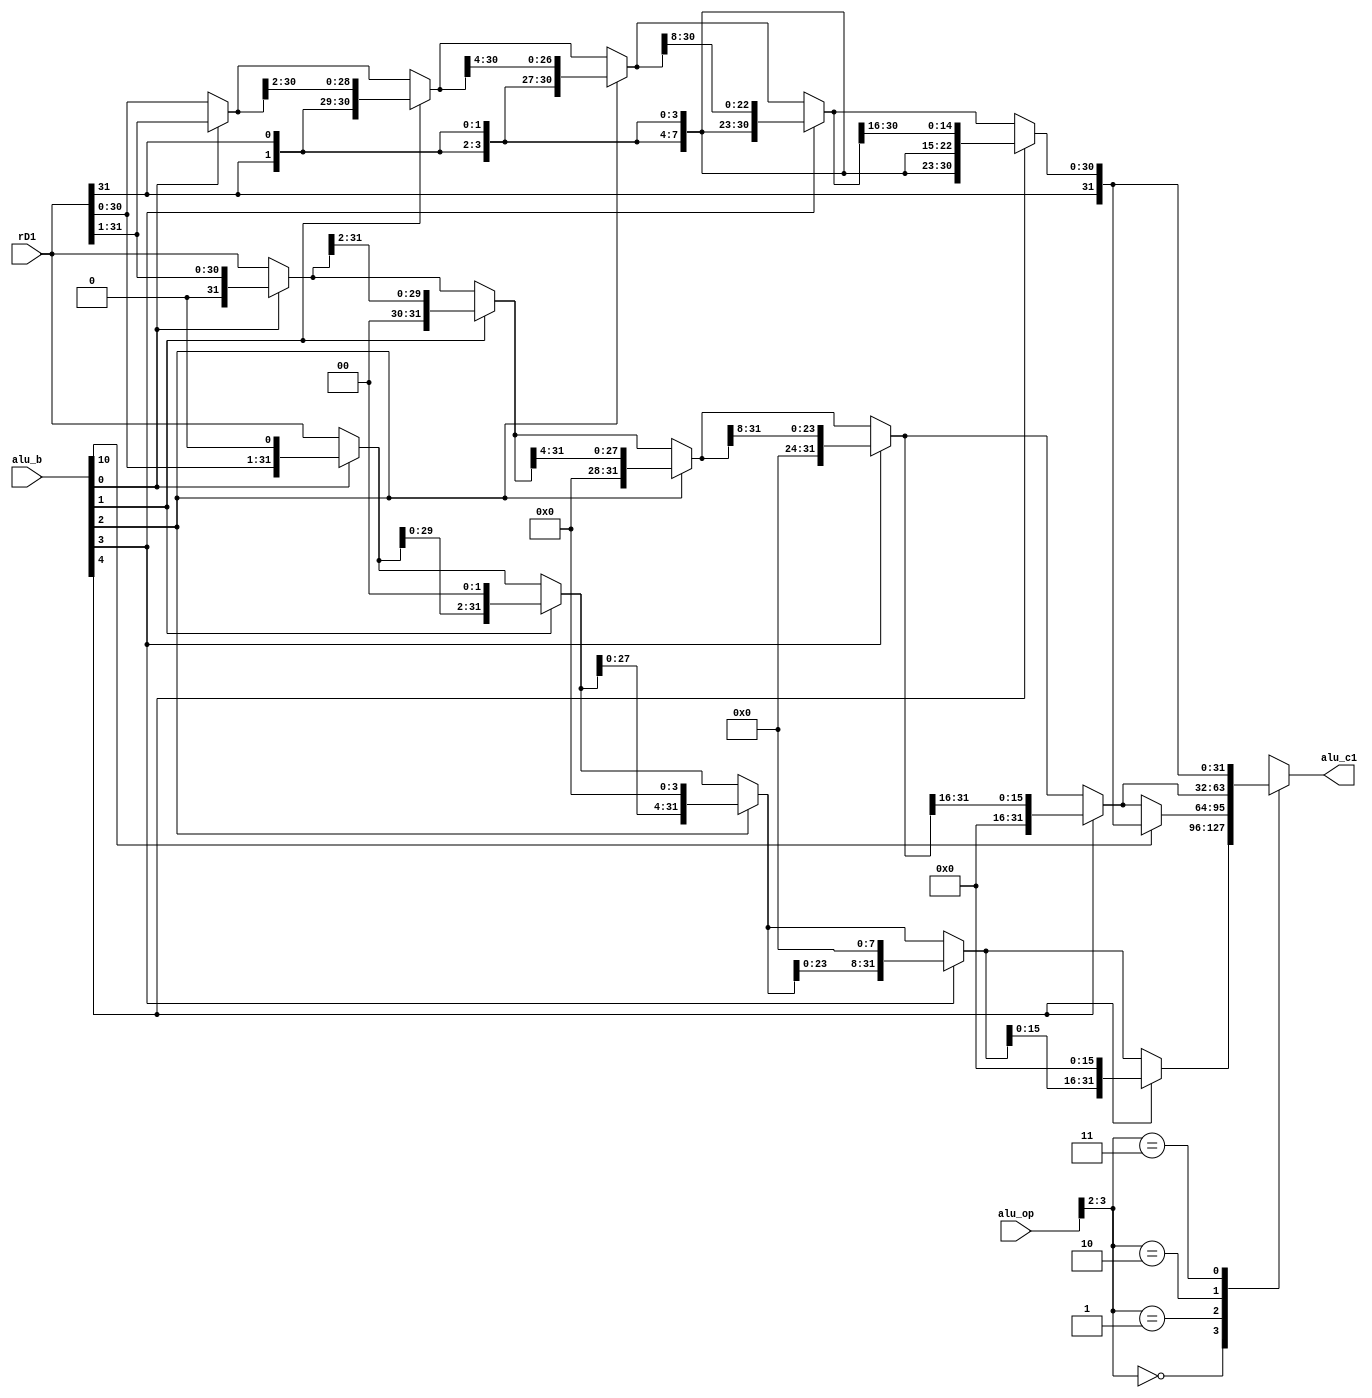
`timescale 1ns / 1ps
//////////////////////////////////////////////////////////////////////////////////
// Company: 
// Engineer: 
// 
// Design Name: 
// Module Name: barrel_shifter
// Project Name: 
// Target Devices: 
// Tool Versions: 
// Description: 
// 
// Dependencies: 
// 
// Revision:
// Revision 0.01 - File Created
// Additional Comments:
// 
//////////////////////////////////////////////////////////////////////////////////


module barrel_shifter(
    input [4:0] alu_op,
    input [31:0] rD1,
    input [31:0] alu_b,
    output reg [31:0] alu_c1
    );
    
    reg [31:0] c;
    reg [31:0] alu_b1;
    
    always @(*) begin
        case(alu_op[3:2])
            2'b00: begin //sll slli
//                if(alu_b[31] == 1'b0) begin
                     c = alu_b[0] ? {rD1[30:0],1'b0} : rD1;
                     c = alu_b[1] ? {c[29:0],2'b0} : c;
                     c = alu_b[2] ? {c[27:0],4'b0} : c;
                     c = alu_b[3] ? {c[23:0],8'b0} : c;
                     c = alu_b[4] ? {c[15:0],16'b0} : c;
//                     if(alu_b[31:5] > 0) c = 32'b0;
                 end
//                 else begin
//                    alu_b1 = (32'hffffffff-alu_b) + 1;
//                    c = alu_b1[0] ? {rD1[0],rD1[31:1]} : rD1;
//                    c = alu_b1[1] ? {c[1:0],c[31:2]} : c;
//                    c = alu_b1[2] ? {c[3:0],c[31:4]} : c;
//                    c = alu_b1[3] ? {c[7:0],c[31:8]} : c;
//                    c = alu_b1[4] ? {c[15:0],c[31:16]} : c;
//                 end
//            end  
            2'b01: begin //srli srai
                if(alu_b[10] == 0) begin //srli 
                    c = alu_b[0] ? {1'b0,rD1[31:1]} : rD1;
                    c = alu_b[1] ? {2'b0,c[31:2]} : c;
                    c = alu_b[2] ? {4'b0,c[31:4]} : c;
                    c = alu_b[3] ? {8'b0,c[31:8]} : c;
                    c = alu_b[4] ? {16'b0,c[31:16]} : c;
                end
                else begin //srai
                    c = alu_b[0] ? {{rD1[31]},rD1[31:1]} : rD1;
                    c = alu_b[1] ? {{2{c[31]}},c[31:2]} : c;
                    c = alu_b[2] ? {{4{c[31]}},c[31:4]} : c;
                    c = alu_b[3] ? {{8{c[31]}},c[31:8]} : c;
                    c = alu_b[4] ? {{16{c[31]}},c[31:16]} : c; 
                end
            end
            2'b10: begin //srl
//                if(alu_b[31] == 1'b0)
                    c = alu_b[0] ? {1'b0,rD1[31:1]} : rD1;
                    c = alu_b[1] ? {2'b0,c[31:2]} : c;
                    c = alu_b[2] ? {4'b0,c[31:4]} : c;
                    c = alu_b[3] ? {8'b0,c[31:8]} : c;
                    c = alu_b[4] ? {16'b0,c[31:16]} : c;
//                    if(alu_b[31:5] > 0) c = 32'b0; 
//                 else begin
//                    alu_b1 = (32'hffffffff-alu_b) + 1;
//                    c = alu_b1[0] ? {rD1[30:0],rD1[31]} : rD1;
//                    c = alu_b1[1] ? {c[29:0],c[31:30]} : c;
//                    c = alu_b1[2] ? {c[27:0],c[31:28]} : c;
//                    c = alu_b1[3] ? {c[23:0],c[31:24]} : c;
//                    c = alu_b1[4] ? {c[15:0],c[31:16]} : c;
//                  end             
            end  
            2'b11: begin //sra
//                if(alu_b[31] == 1'b0)
                    c = alu_b[0] ? {{rD1[31]},rD1[31:1]} : rD1;
                    c = alu_b[1] ? {{2{c[31]}},c[31:2]} : c;
                    c = alu_b[2] ? {{4{c[31]}},c[31:4]} : c;
                    c = alu_b[3] ? {{8{c[31]}},c[31:8]} : c;
                    c = alu_b[4] ? {{16{c[31]}},c[31:16]} : c; 
//                    if(alu_b[31:5] > 0) c = {32{c[31]}};
//                else begin
//                    alu_b1 = (32'hffffffff-alu_b) + 1;
//                    c = alu_b1[0] ? {rD1[30:0],rD1[31]} : rD1;
//                    c = alu_b1[1] ? {c[29:0],c[31:30]} : c;
//                    c = alu_b1[2] ? {c[27:0],c[31:28]} : c;
//                    c = alu_b1[3] ? {c[23:0],c[31:24]} : c;
//                    c = alu_b1[4] ? {c[15:0],c[31:16]} : c;
//                end
            end            
        endcase    
        alu_c1 = c;
    end
    
endmodule